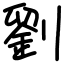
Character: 劉